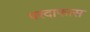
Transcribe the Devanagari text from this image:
परदाफास